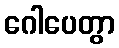
ဂေါပေတွာ